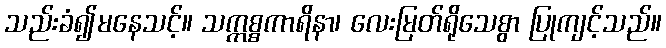
သည်းခံ၍မနေသင့်။ သက္ကစ္စကာရိနာ၊ လေးမြတ်ရိုသေစွာ ပြုကျင့်သည်။